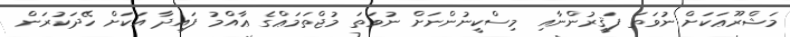
މަޝްރޫޢަކަށް ނުވަތަ ފަޤީރުންނާއި މިސްކީނުންނަށް ނުވަތަ މުޖްތަމަޢްގެ ޢާއްމު ފައިދާ އަކަށް ހޭދަކުރަން